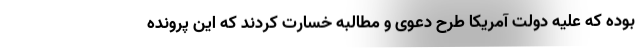
بوده که علیه دولت آمریکا طرح دعوی و مطالبه خسارت کردند که این پرونده